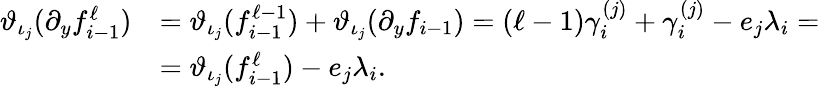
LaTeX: \begin{array}{rl}{\vartheta_{\iota_{j}}(\partial_{y}f_{i-1}^{\ell})}&{=\vartheta_{\iota_{j}}(f_{i-1}^{\ell-1})+\vartheta_{\iota_{j}}(\partial_{y}f_{i-1})=(\ell-1)\gamma_{i}^{(j)}+\gamma_{i}^{(j)}-e_{j}\lambda_{i}=}\\ &{=\vartheta_{\iota_{j}}(f_{i-1}^{\ell})-e_{j}\lambda_{i}.}\end{array}